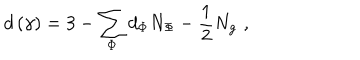
d \left( \gamma \right) = 3 - \sum _ { \Phi } d _ { \Phi } N _ { \Phi } - \frac 1 2 N _ { g } \, \, ,